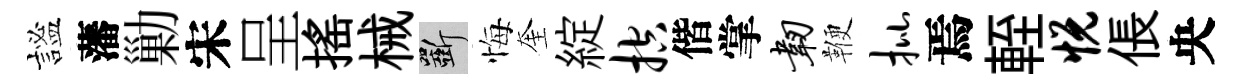
謐藩勦宋呈揺械斫悔奎綻控偕掌韧鞭批焉輊悦倀央